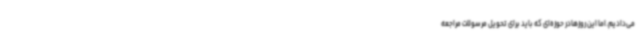
می‌دادیم.اما این روزهادر حوزه‌ای که باید برای تحویل مرسولات مراجعه